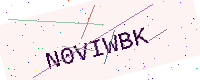
Text: N0VIWBK